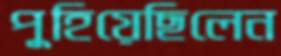
পুহিয়েছিলেন